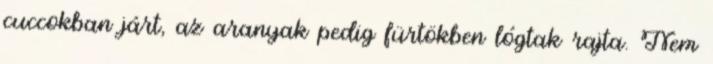
cuccokban járt, az aranyak pedig fürtökben lógtak rajta. Nem